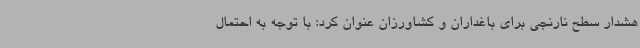
هشدار سطح نارنجی برای باغداران و کشاورزان عنوان کرد: با توجه به احتمال